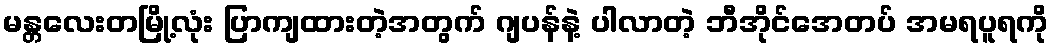
မန္တလေးတမြို့လုံး ပြာကျထားတဲ့အတွက် ဂျပန်နဲ့ ပါလာတဲ့ ဘီအိုင်အေတပ် အမရပူရကို